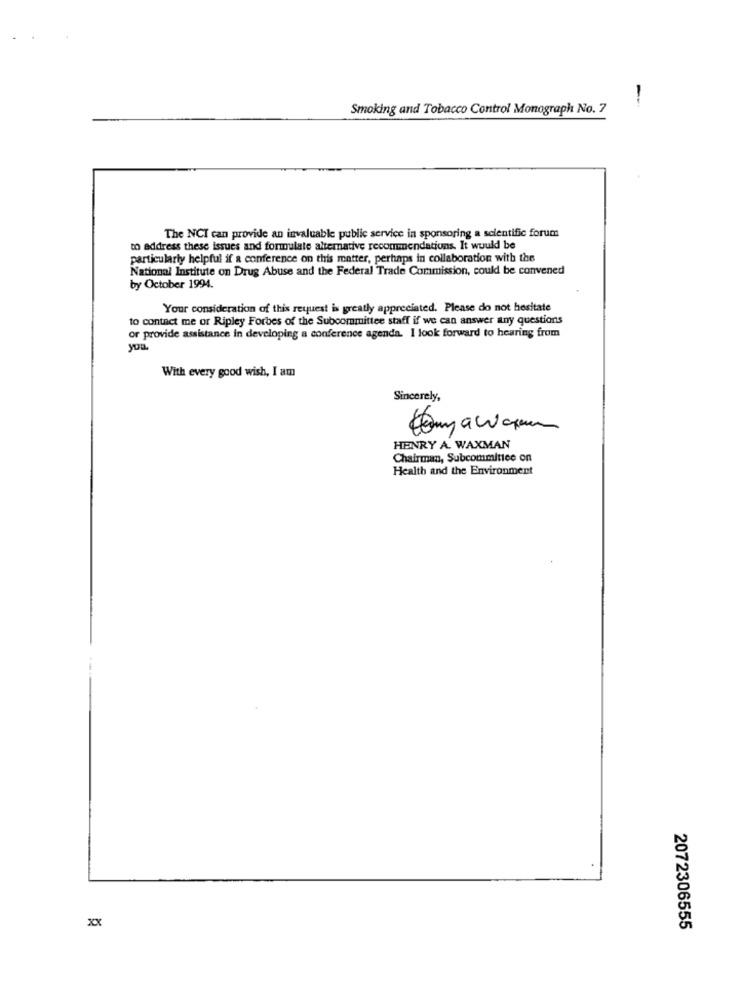
-
Smoking and Tobacco Control Monograph No. 7
The NCI can provide an invaluable public service in sponsoring a scientific forum
to address these issues and formulate alternative recommendations. It would be
particularly helpful if a conference on this matter, perhaps in collaboration with the
National Institute on Drug Abuse and the Federal Trade Commission, could be convened
by October 1994.
Your consideration of this request is greatly appreciated. Please do not hesitate
to contact me or Ripley Forbes of the Subcommittee staff if we can answer any questions
or provide assistance in developing a conference agenda. I look forward to hearing from
you.
With every good wish, I am
Sincerely,
HENRY A. WAXMAN
Chairman, Subcommittee on
Health and the Environment
xx
2072306555